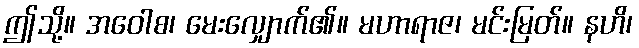
ဤသို့။ အဝေါစ၊ မေးလျှောက်၏။ မဟာရာဇ၊ မင်းမြတ်။ နဟိ၊